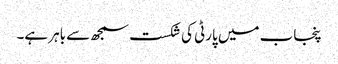
پنجاب میں پارٹی کی شکست سمجھ سے باہر ہے۔